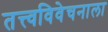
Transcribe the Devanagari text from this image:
तत्त्वविवेचनाला